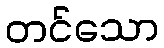
တင်သော